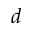
d